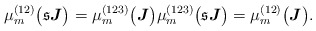
\begin{align*}\mu_m^{(12)}\big(\mathfrak{s}\boldsymbol{J}\big)=\mu_m^{(123)}\big(\boldsymbol{J}\big)\mu_m^{(123)}\big(\mathfrak{s}\boldsymbol{J}\big)=\mu_m^{(12)}\big(\boldsymbol{J}\big).\end{align*}